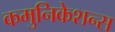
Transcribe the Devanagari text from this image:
कमुनिकेशन्स